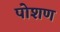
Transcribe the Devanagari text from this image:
पोशण